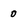
Character: 0